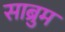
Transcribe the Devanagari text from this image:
साब्रुम